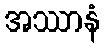
အဿာနံ